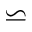
\backsimeq